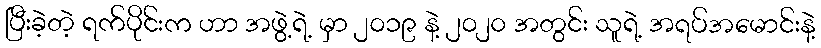
ပြီးခဲ့တဲ့ ရက်ပိုင်းက ဟာ အဖွဲ့ရဲ့ မှာ ၂၀၁၉ နဲ့ ၂၀၂၀ အတွင်း သူရဲ့ အရပ်အမောင်းနဲ့